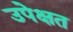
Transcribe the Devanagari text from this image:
उपेक्षत